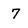
Character: 7